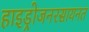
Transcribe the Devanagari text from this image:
हाइड्रोजनरसायनत